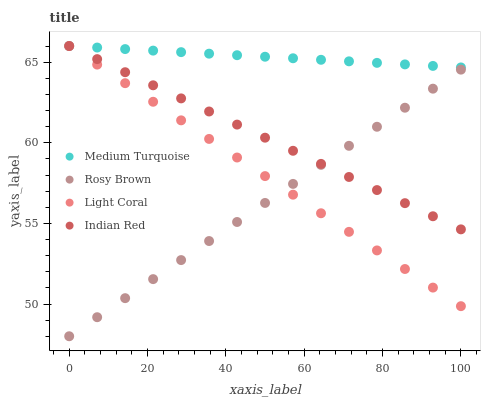
| xaxis_label | Medium Turquoise | Rosy Brown | Light Coral | Indian Red |
 | --- | --- | --- | --- | --- |
 | 0 | 66 | 48 | 66 | 66 |
 | 7.14 | 65.9 | 49.2 | 64.8 | 65.2 |
 | 14.3 | 65.8 | 50.4 | 63.7 | 64.4 |
 | 21.4 | 65.7 | 51.5 | 62.5 | 63.6 |
 | 28.6 | 65.6 | 52.7 | 61.4 | 62.8 |
 | 35.7 | 65.5 | 53.9 | 60.2 | 61.9 |
 | 42.9 | 65.4 | 55.1 | 59.1 | 61.1 |
 | 50 | 65.3 | 56.3 | 57.9 | 60.3 |
 | 57.1 | 65.2 | 57.4 | 56.8 | 59.5 |
 | 64.3 | 65.1 | 58.6 | 55.6 | 58.7 |
 | 71.4 | 65.1 | 59.8 | 54.5 | 57.9 |
 | 78.6 | 65 | 61 | 53.3 | 57.1 |
 | 85.7 | 64.9 | 62.2 | 52.2 | 56.3 |
 | 92.9 | 64.8 | 63.4 | 51 | 55.4 |
 | 100 | 64.7 | 64.5 | 49.9 | 54.6 |